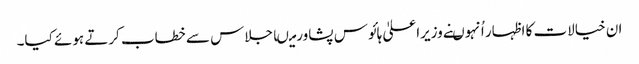
ان خیالات کا اظہار اُنہوںنے وزیراعلیٰ ہائوس پشاورمیںاجلاس سے خطاب کرتے ہوئے کیا۔